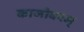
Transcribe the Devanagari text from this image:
काजीवरम्